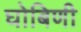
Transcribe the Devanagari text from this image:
घोबिणी